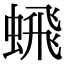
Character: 𬠞